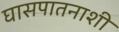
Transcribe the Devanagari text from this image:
घासपातनाशी